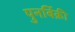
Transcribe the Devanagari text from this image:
पुनर्बिक्री